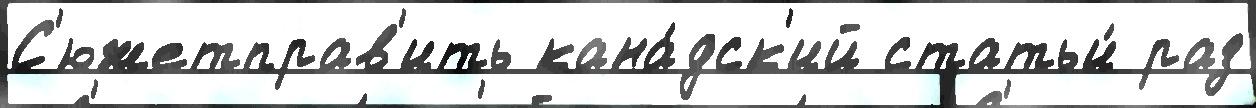
С'южетправ'ить кана́дск'ий статьи́ раз